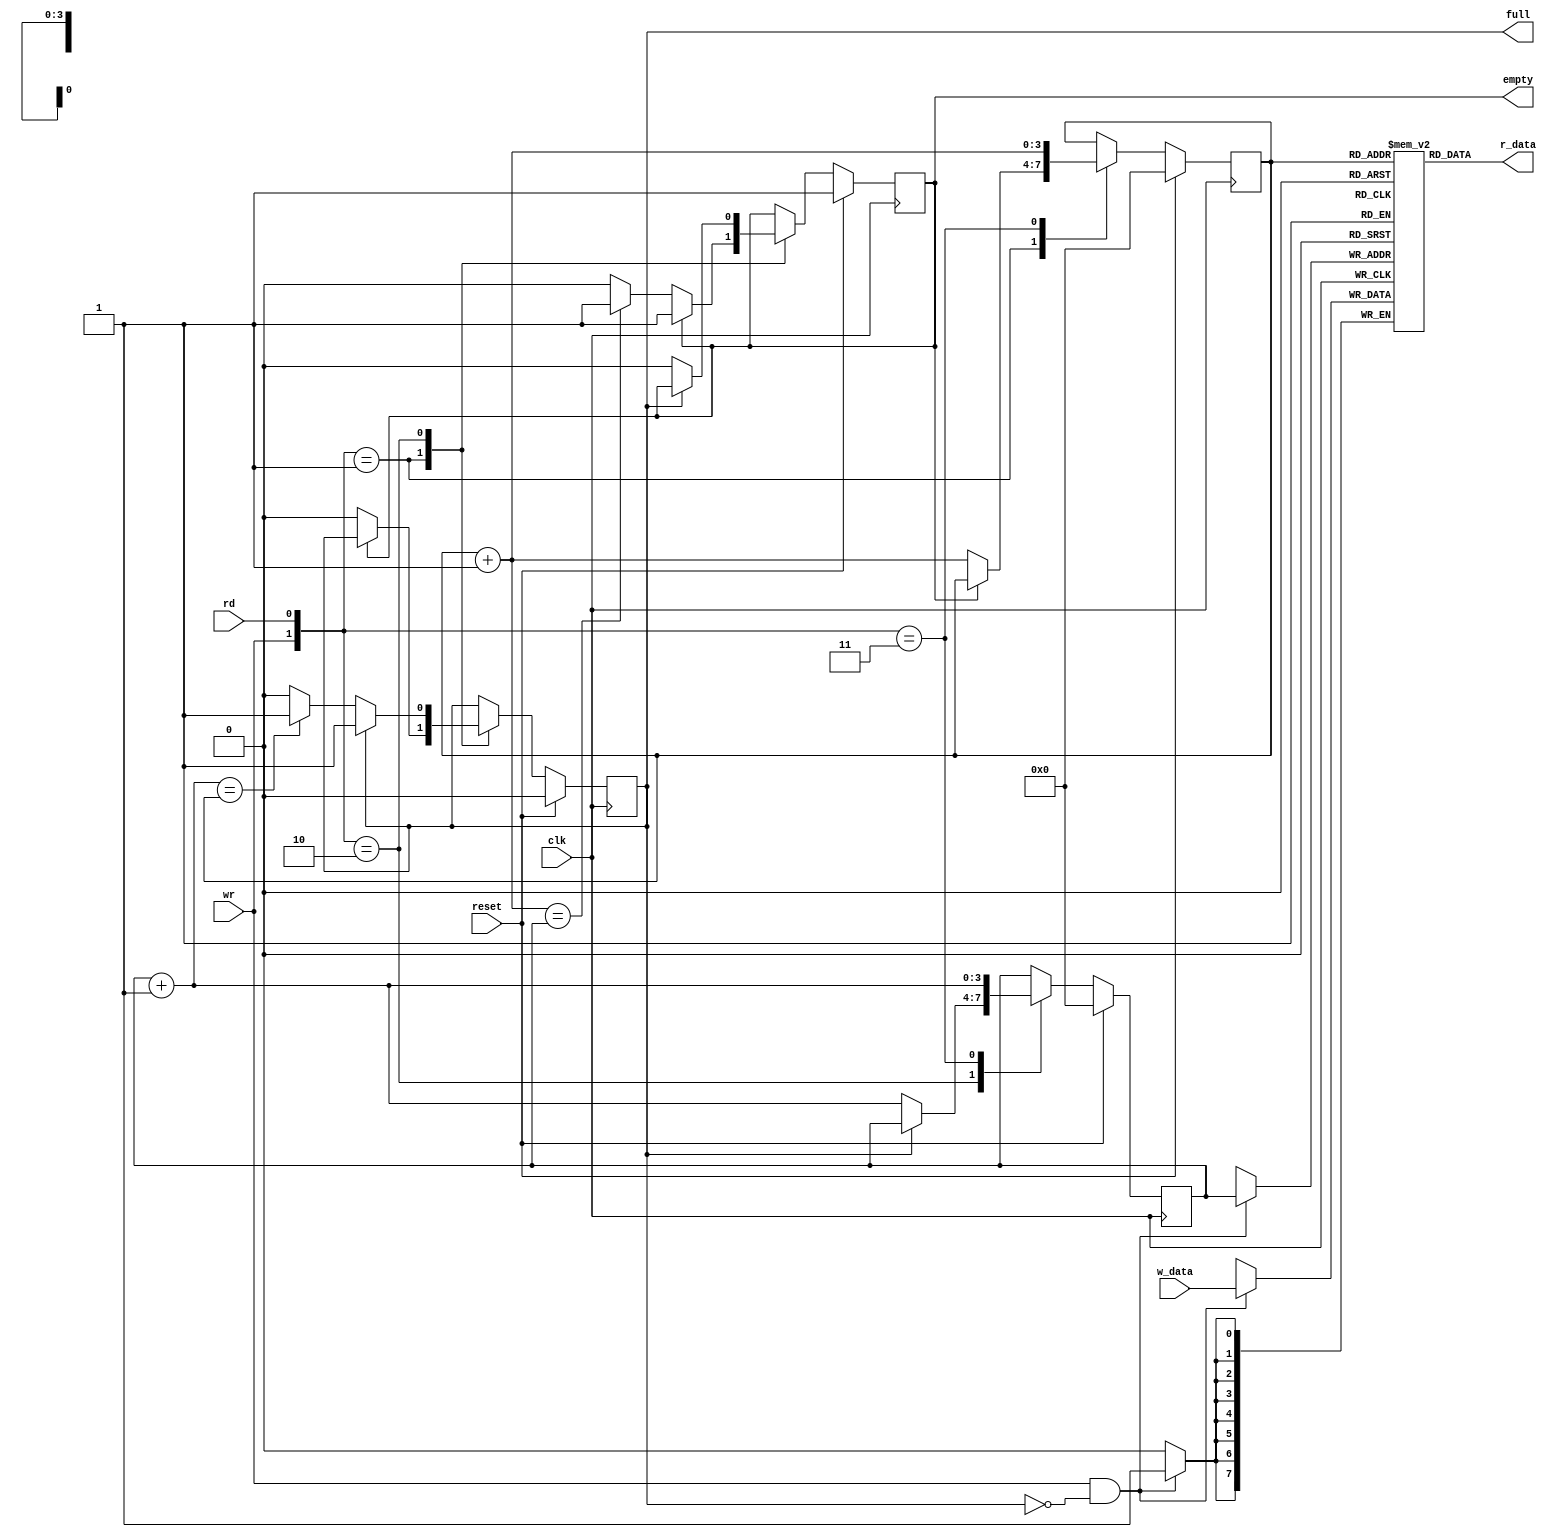
module fifo
	#(
	parameter B=8,
	W=4
	)
(
input wire clk, reset,
input wire rd, wr,
input wire [B-1:0] w_data,
output wire empty, full,
output wire [B-1:0] r_data
);
// signal declaration
reg [B-1:0] array_reg [2**W-1:0]; // register array
reg [W-1:0] w_ptr_reg, w_ptr_next, w_ptr_succ;
reg [W-1:0] r_ptr_reg, r_ptr_next, r_ptr_succ;
reg full_reg, empty_reg, full_next, empty_next;
wire wr_en;

// body
// register file write operation
always @(posedge clk)
	if (wr_en)
		array_reg [w_ptr_reg] <= w_data;
// register file read operation
assign r_data = array_reg[r_ptr_reg];
// write enabled only when FIFO is not full
assign wr_en = wr & ~full_reg;
//
// fifo control logic
// register for read and write pointers
always @(posedge clk)
if (reset)
	begin
	w_ptr_reg <= 0;
	r_ptr_reg <= 0;
	full_reg <= 1'b0;
	empty_reg <= 1'b1;
	end
else
	begin
	w_ptr_reg <= w_ptr_next;
	r_ptr_reg <= r_ptr_next;
	full_reg <= full_next;
	empty_reg <= empty_next;
	end
// next-state logic for read and write pointers
always @*
	begin
	// successive pointer values
	w_ptr_succ = w_ptr_reg + 1;
	r_ptr_succ = r_ptr_reg + 1;
	// default: keep old values
	w_ptr_next = w_ptr_reg;
	r_ptr_next = r_ptr_reg;
	full_next = full_reg;
	empty_next = empty_reg;
	case ({wr, rd})
	// 2'b00: no op
		2'b01: // read
		if (~empty_reg) // not empty
			begin
			r_ptr_next = r_ptr_succ;
			full_next = 1'b0;
			if (r_ptr_succ==w_ptr_reg)
				empty_next = 1'b1;
			end
		2'b10: // write
		if (~full_reg) // not full
			begin
			w_ptr_next = w_ptr_succ ;
			empty_next = 1'b0;
			if (w_ptr_succ==r_ptr_reg)
				full_next = 1'b1;
			end
		2'b11: // write and read
			begin
			w_ptr_next = w_ptr_succ;
			r_ptr_next = r_ptr_succ;
			end
	endcase
end
// output
assign full = full_reg;
assign empty = empty_reg;
endmodule